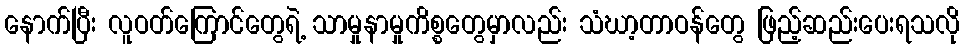
နောက်ပြီး လူဝတ်ကြောင်တွေရဲ့ သာမှုနာမှုကိစ္စတွေမှာလည်း သံဃာ့တာဝန်တွေ ဖြည့်ဆည်းပေးရသလို